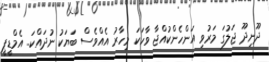
ދޫނިދޫ ޖަލުގަ މަރުވި އަންހެންކުއްޖާ ވާހަކަ މިހާރު އެއްވެސް ބަޔަކު ނުދައްކަ.. އެމްޑީޕީ